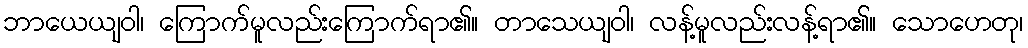
ဘာယေယျဝါ၊ ကြောက်မူလည်းကြောက်ရာ၏။ တာသေယျဝါ၊ လန့်မူလည်းလန့်ရာ၏။ သောဟေတု၊